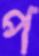
প